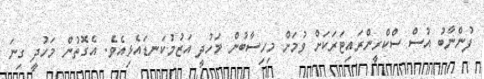
ފުންނާބު އުސް ސްކްރީންރައިޓަރަކަށް ވުމަށް މިހިސާބުން މަހުދީ އަޒުމުކަނޑައެޅިއެވެ. އެގޮތުން މަހުދީ ގިނަ